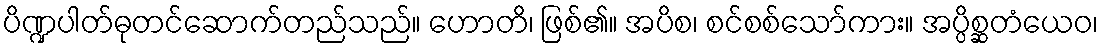
ပိဏ္ဍပါတ်ဓုတင်ဆောက်တည်သည်။ ဟောတိ၊ ဖြစ်၏။ အပိစ၊ စင်စစ်သော်ကား။ အပ္ပိစ္ဆတံယေဝ၊